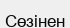
Сөзінен